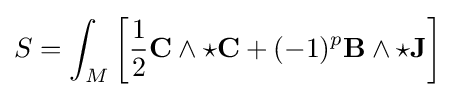
S=\int _{M}\left[{\frac {1}{2}}\mathbf {C} \wedge {\star }\mathbf {C} +(-1)^{p}\mathbf {B} \wedge {\star }\mathbf {J} \right]